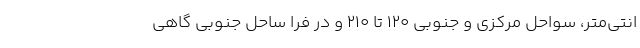
انتی‌متر، سواحل مرکزی و جنوبی ۱۲۰ تا ۲۱۰ و در فرا ساحل جنوبی گاهی